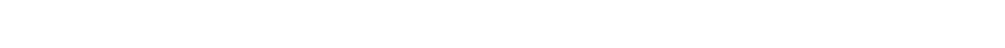
မင်းသားကြီး ဘာဂရေးရှင်က အောင်မြင်ပြတ်သား သော အသံဖြင့် အော်လိုက်ပြီး ရှေ့တန်းစစ်ကြောင်းကို ခေတ္တမျှ